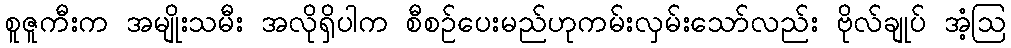
စူဇူကီးက အမျိုးသမီး အလိုရှိပါက စီစဉ်ပေးမည်ဟုကမ်းလှမ်းသော်လည်း ဗိုလ်ချုပ် အံ့ဩ